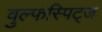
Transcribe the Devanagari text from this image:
वुल्फस्पिट्ज